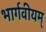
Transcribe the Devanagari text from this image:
भार्गवीयम्